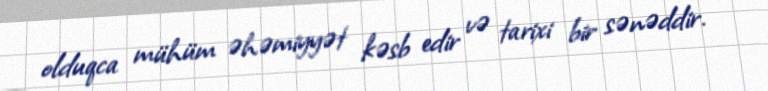
olduqca mühüm əhəmiyyət kəsb edir və tarixi bir sənəddir.